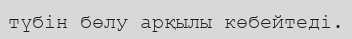
түбін бөлу арқылы көбейтеді.